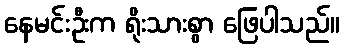
နေမင်းဦးက ရိုးသားစွာ ဖြေပါသည်။